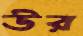
উর